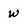
Character: w